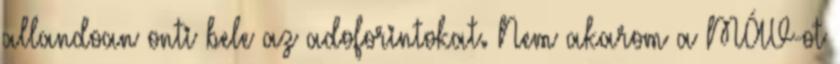
allandoan onti bele az adoforintokat. Nem akarom a MÁV-ot